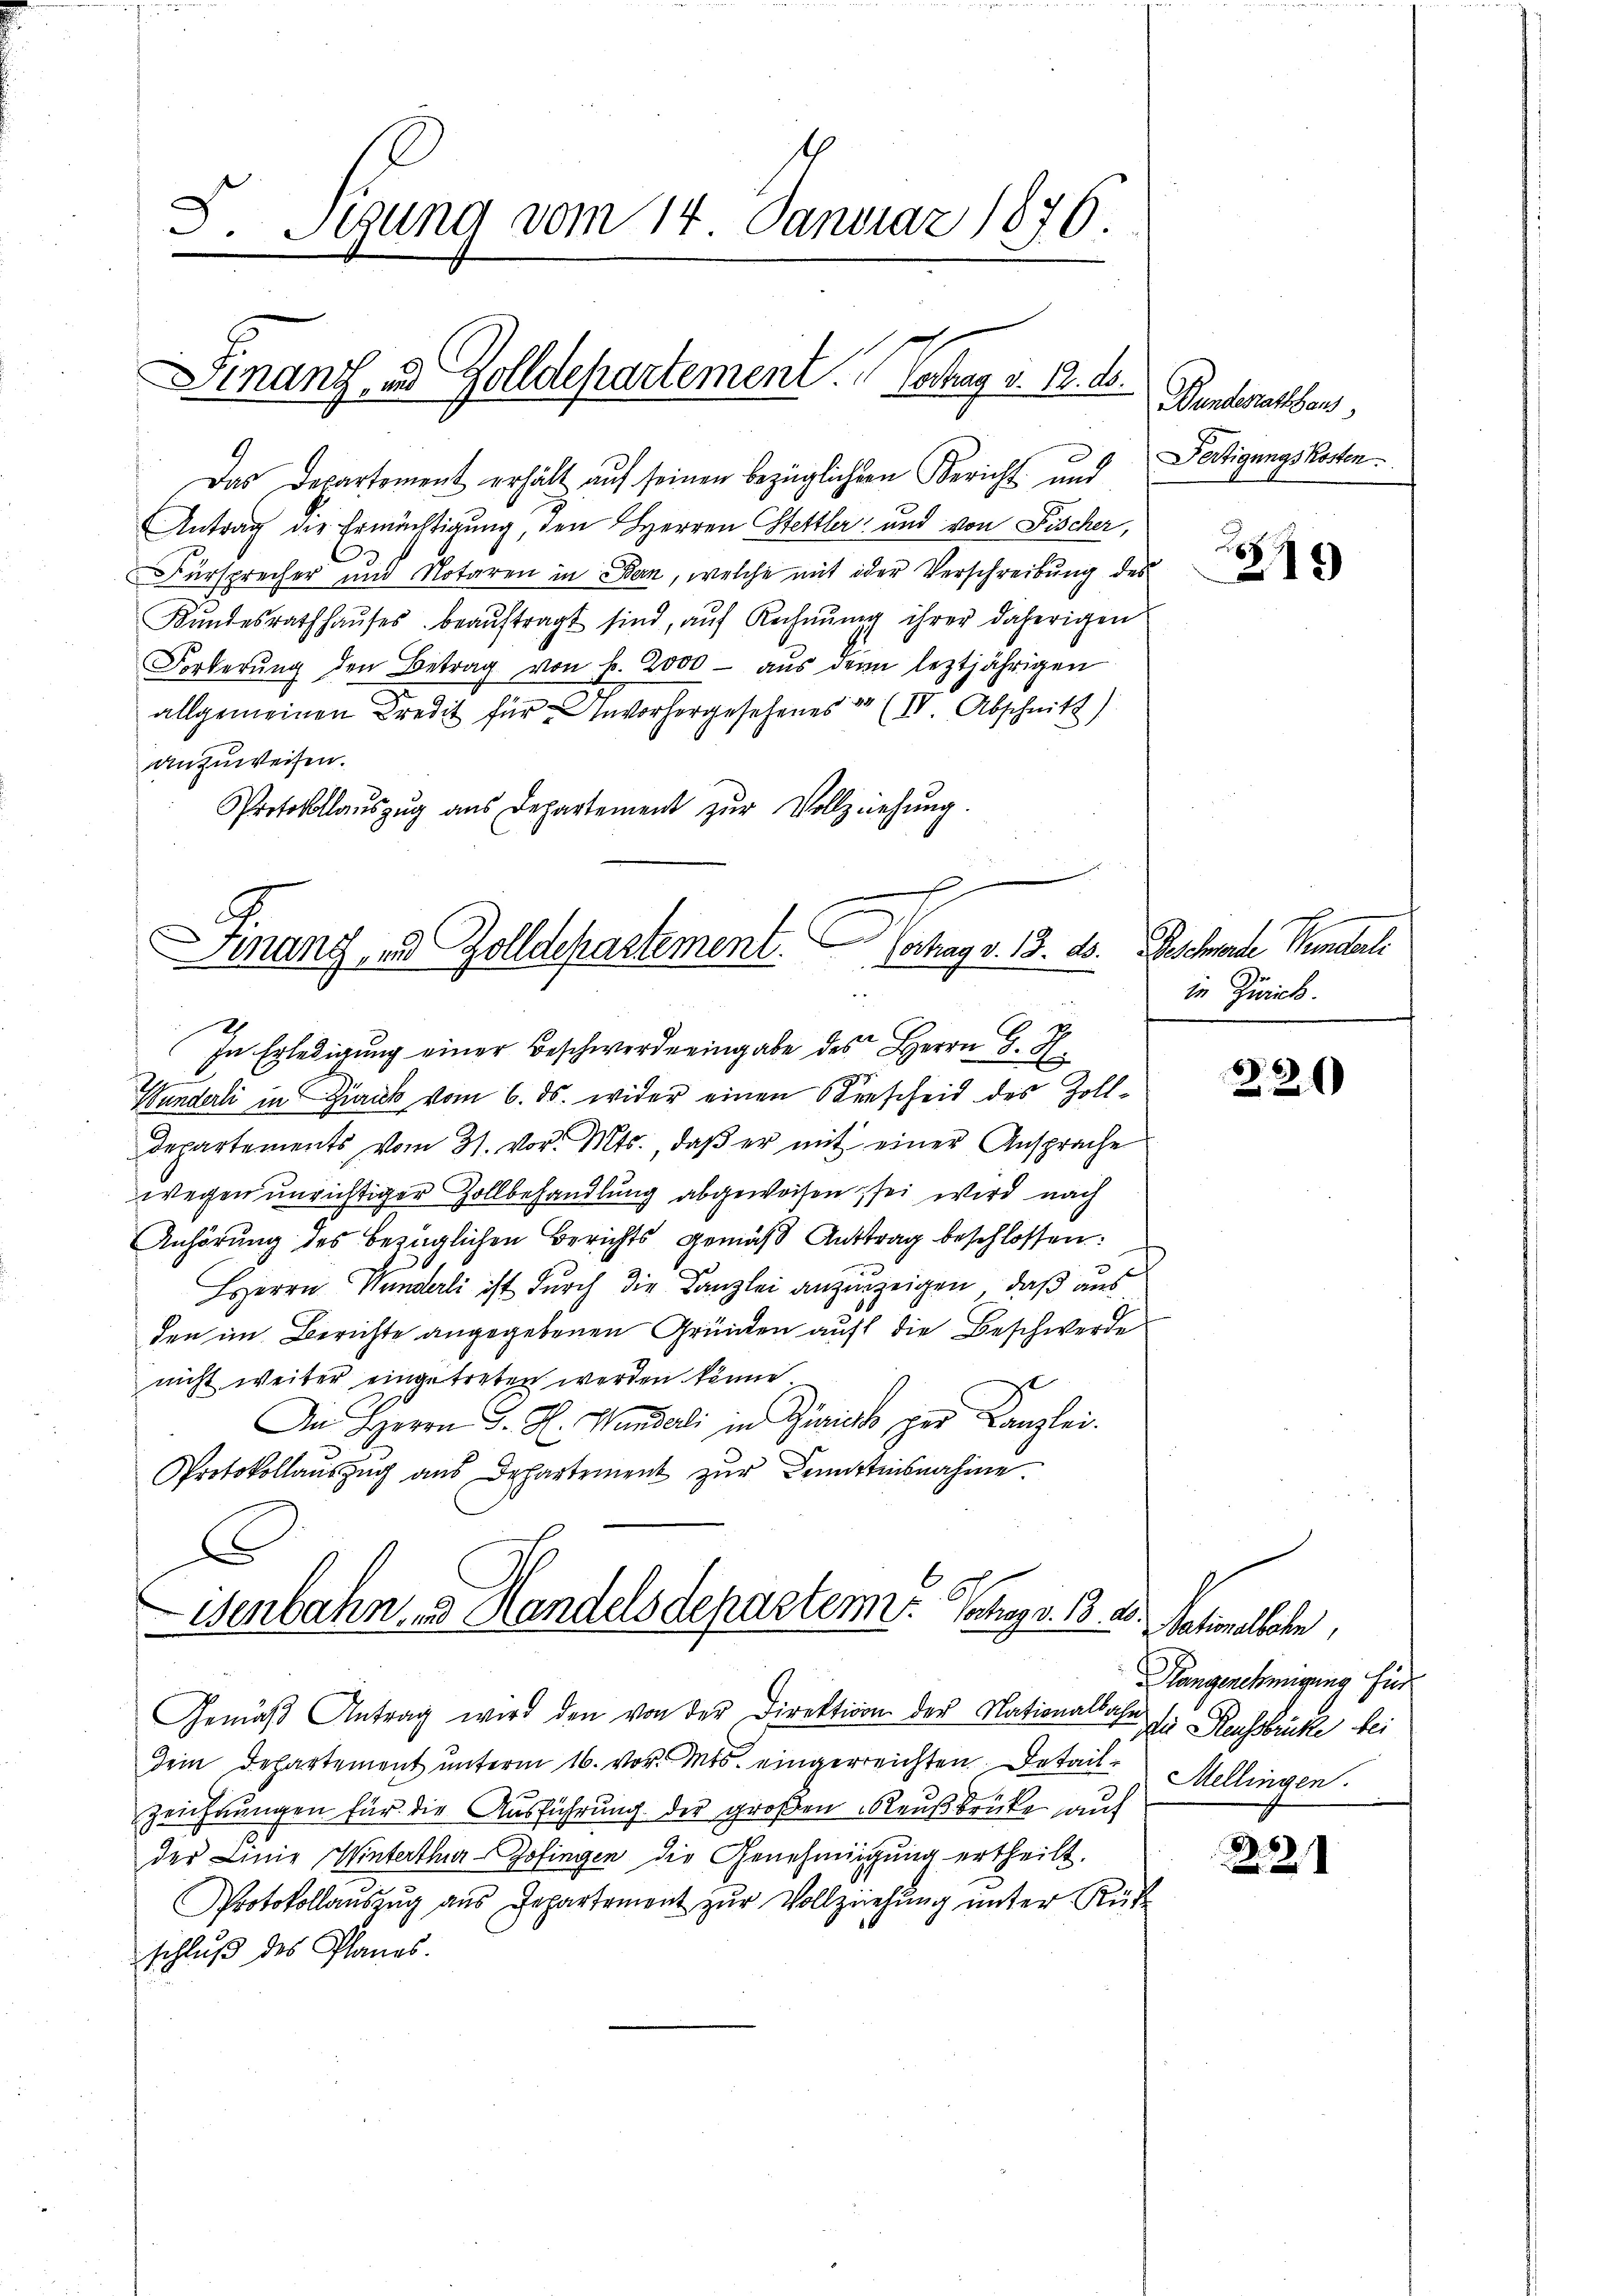
F. Stung vom 14. Januar 1876.

Finanz, und Zolldepartement. Betrag v. 2. ds.

Das Departement erhält auf seinen bezüglichen Bericht und Fertigungskosten¬
Antrag die Ermächtigung, den Herren Stettler und von Fischer,
Fürsprecher und Notaren in Bern, welche mit oder Verschreibung des
Kŭndesrathhaŭses beaŭftragt sind, aŭf Rechnŭng ihrer daherigen
Forderŭng den Betrag von Fr. 2000 aŭs dem leztjährigen
allgemeinen Kredit für Unvorhergesehenes er (IV. Abschnitz)
anzuweisen.
Protokollaŭszŭg aŭs Departement zŭr Vollziehŭng.

In Erledigung einer Beschwerde eingabe des Herrn G. H.
Wunderli in Zick vom 6. ds. wider einen Kerscheid des Zoll¬
Departements vom 31. vor. Mts., daß er mit einer Ansprache
wegen unrichtiger Zollbehandlung abgewochen, sei wird nach
Anhörung des bezüglichen Berichts gemäß Antrag beschlossen:
HHerrn Wunderli ist durch die Kanzlei anzuzeigen, daß aus
den im Berichte angegebenen Gründen auf die Beschwerde
nicht weiter eingetreten werden könne.
zt
An Herrn J. H. Wundali in Zürich per Canzlei.
Protokollauszug aus Departement zur Kenntnisnahme.
e
Senbahn, 3 Handelsdepartem Sohn v. 13. 20.

Finanz, und Zolldepartement. Vortrag v. 13. ds. Beschwerde Minderli

Bundesrathens

Gemäβ Antrag wird den von der Direktion der Nationalbahn sy ausbrücke bei
Dein Departement unterm 16. vor. Mts. eingerreichten Detail. Mellingen.
Zeichnungen für die Ausführung der großen Reußbrücke auf
der Linie Winterthur-Zofingen die Genehmigung ertheilt.
Protokollauszug aus Departement zur Vollziehung unter Rüc
schluß des Planes.

19

in Zürick.

220

tente
Hangenehmigung für

221